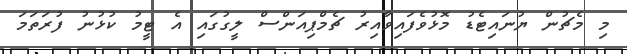
މި މެޗުން ޔުނައިޓެޑު މޮޅުވެފައިވާއިރު ޗެމްޕިއަންސް ލީގުގައި އެ ޓީމު ކުޅުނު ފުރަތަމަ